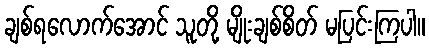
ချစ်ရလောက်အောင် သူတို့ မျိုးချစ်စိတ် မပြင်းကြပါ။